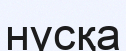
нүсқа